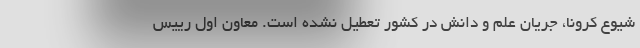
شیوع کرونا، جریان علم و دانش در کشور تعطیل نشده است. معاون اول رییس